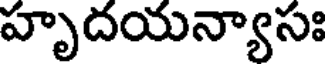
హృదయన్యాసః